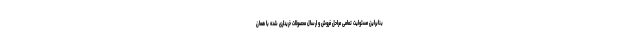
بنابراین مسئولیت تمامی مراحل فروش و ارسال محصولات خریداری شده با همان